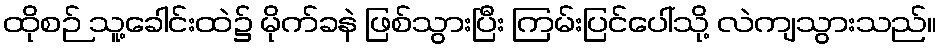
ထိုစဉ် သူ့ခေါင်းထဲ၌ မိုက်ခနဲ ဖြစ်သွားပြီး ကြမ်းပြင်ပေါ်သို့ လဲကျသွားသည်။